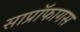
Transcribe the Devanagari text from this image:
साप्रॉफागस